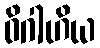
ဝိဂါဟိယ